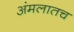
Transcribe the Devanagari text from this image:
अंमलातच